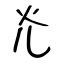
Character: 灮